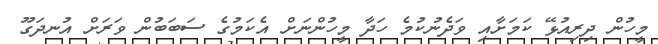
މީހުން ދިރިއުޅޭ ކަމަށާއި ވަދެނުކުމެ ހަދާ މީހުންނަށް އެކަމުގެ ސަބަބުން ވަރަށް އުނދަގޫ